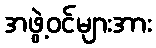
အဖွဲ့ဝင်များအား